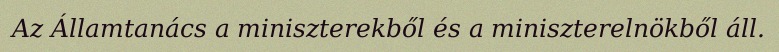
Az Államtanács a miniszterekből és a miniszterelnökből áll.